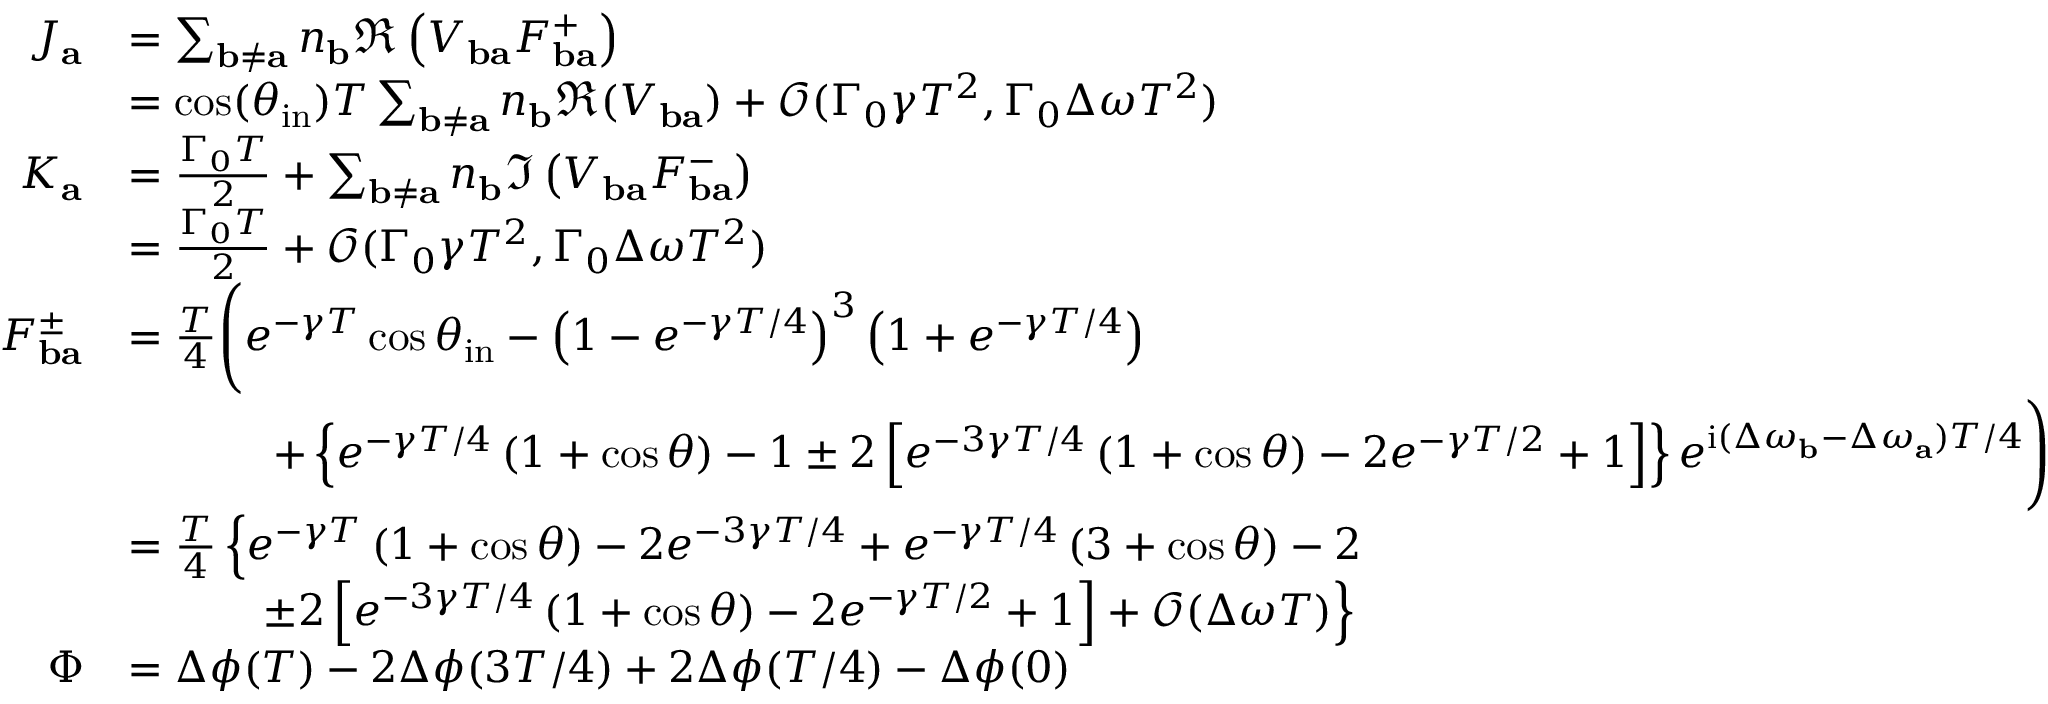
\begin{array} { r l } { J _ { \mathbf { a } } } & { = \sum _ { \mathbf { b } \neq \mathbf { a } } n _ { \mathbf { b } } \Re \left( V _ { \mathbf { b a } } F _ { \mathbf { b a } } ^ { + } \right) } \\ & { = \cos ( \theta _ { \mathrm { i n } } ) T \sum _ { \mathbf { b } \neq \mathbf { a } } n _ { \mathbf { b } } \Re ( V _ { \mathbf { b a } } ) + \mathcal { O } ( \Gamma _ { 0 } \gamma T ^ { 2 } , \Gamma _ { 0 } \Delta \omega T ^ { 2 } ) } \\ { K _ { \mathbf { a } } } & { = \frac { \Gamma _ { 0 } T } { 2 } + \sum _ { \mathbf { b } \neq \mathbf { a } } n _ { \mathbf { b } } \Im \left( V _ { \mathbf { b a } } F _ { \mathbf { b a } } ^ { - } \right) } \\ & { = \frac { \Gamma _ { 0 } T } { 2 } + \mathcal { O } ( \Gamma _ { 0 } \gamma T ^ { 2 } , \Gamma _ { 0 } \Delta \omega T ^ { 2 } ) } \\ { F _ { \mathbf { b a } } ^ { \pm } } & { = \frac { T } { 4 } \boldsymbol { \Bigg ( } e ^ { - \gamma T } \cos \theta _ { \mathrm { i n } } - \left( 1 - e ^ { - \gamma T / 4 } \right) ^ { 3 } \left( 1 + e ^ { - \gamma T / 4 } \right) } \\ & { \qquad \quad ~ + \left\{ e ^ { - \gamma T / 4 } \left( 1 + \cos \theta \right) - 1 \pm 2 \left[ e ^ { - 3 \gamma T / 4 } \left( 1 + \cos \theta \right) - 2 e ^ { - \gamma T / 2 } + 1 \right] \right\} e ^ { \mathrm { i } ( \Delta \omega _ { \mathbf { b } } - \Delta \omega _ { \mathbf { a } } ) T / 4 } \boldsymbol { \Bigg ) } } \\ & { = \frac { T } { 4 } \left\{ e ^ { - \gamma T } \left( 1 + \cos \theta \right) - 2 e ^ { - 3 \gamma T / 4 } + e ^ { - \gamma T / 4 } \left( 3 + \cos \theta \right) - 2 \right. } \\ & { \qquad \quad \left. \pm 2 \left[ e ^ { - 3 \gamma T / 4 } \left( 1 + \cos \theta \right) - 2 e ^ { - \gamma T / 2 } + 1 \right] + \mathcal { O } ( \Delta \omega T ) \right\} } \\ { \Phi } & { = \Delta \phi ( T ) - 2 \Delta \phi ( 3 T / 4 ) + 2 \Delta \phi ( T / 4 ) - \Delta \phi ( 0 ) } \end{array}